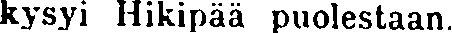
kysyi Hikipää puolestaan.